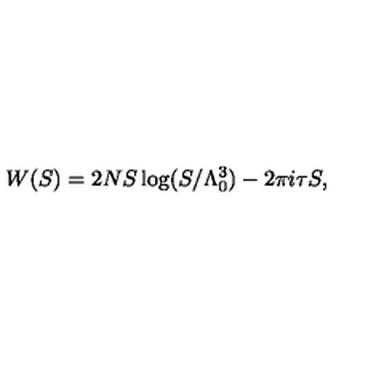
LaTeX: W ( S ) = 2 N S \log ( S / \Lambda _ { 0 } ^ { 3 } ) - 2 \pi i \tau S ,